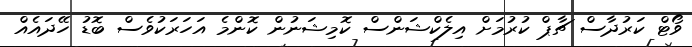
ވޯޓް ކަރުދާސް ޗާޕް ކުރުމަށް އިލެކްޝަންސް ކޮމިޝަނުން ކޮންމެ އަހަރަކުވެސް ބޮޑު ހޭދައެއް